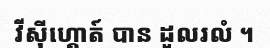
វីស៊ីហ្គោត៍ បាន ដួលរលំ ។